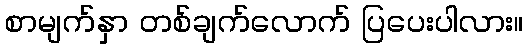
စာမျက်နှာ တစ်ချက်လောက် ပြပေးပါလား။